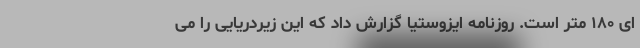
ای ۱۸۰ متر است. روزنامه ایزوستیا گزارش داد که این زیردریایی را می